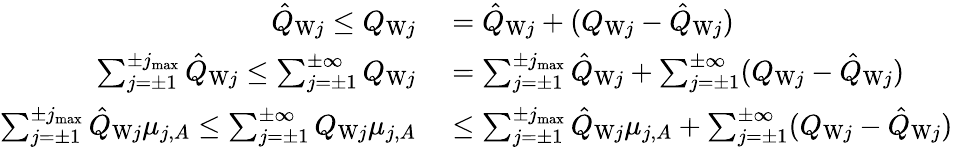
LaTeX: \begin{array}{rl}{\hat{Q}_{\mathrm{W}j}\le Q_{\mathrm{W}j}}&{{}=\hat{Q}_{\mathrm{W}j}+(Q_{\mathrm{W}j}-\hat{Q}_{\mathrm{W}j})}\\ {\sum_{j=\pm 1}^{\pm j_{\operatorname*{max}}}\hat{Q}_{\mathrm{W}j}\le\sum_{j=\pm 1}^{\pm\infty}Q_{\mathrm{W}j}}&{{}=\sum_{j=\pm 1}^{\pm j_{\operatorname*{max}}}\hat{Q}_{\mathrm{W}j}+\sum_{j=\pm 1}^{\pm\infty}(Q_{\mathrm{W}j}-\hat{Q}_{\mathrm{W}j})}\\ {\sum_{j=\pm 1}^{\pm j_{\operatorname*{max}}}\hat{Q}_{\mathrm{W}j}\mu_{j,A}\le\sum_{j=\pm 1}^{\pm\infty}Q_{\mathrm{W}j}\mu_{j,A}}&{{}\le\sum_{j=\pm 1}^{\pm j_{\operatorname*{max}}}\hat{Q}_{\mathrm{W}j}\mu_{j,A}+\sum_{j=\pm 1}^{\pm\infty}(Q_{\mathrm{W}j}-\hat{Q}_{\mathrm{W}j})}\end{array}